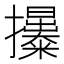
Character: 𢹯